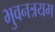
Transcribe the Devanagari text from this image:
भुवनत्रयम